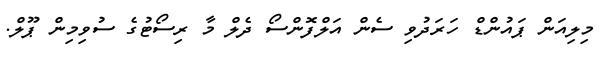
މިލިއަން ޕައުންޑް ހަރަދުވި ސެން އަލްފޮންސޯ ދެލް މާ ރިސޯޓުގެ ސުވިމިން ޕޫލް.